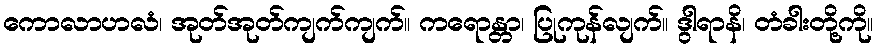
ကောလာဟလံ၊ အုတ်အုတ်ကျက်ကျက်။ ကရောန္တာ၊ ပြုကုန်လျက်။ ဒွါရာနိ၊ တံခါးတို့ကို။